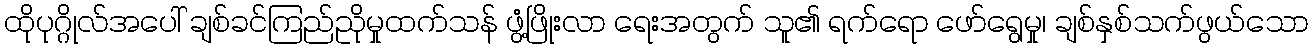
ထိုပုဂ္ဂိုလ်အပေါ် ချစ်ခင်ကြည်ညိုမှုထက်သန် ဖွံ့ဖြိုးလာ ရေးအတွက် သူ၏ ရက်ရော ဖော်ရွေမှု၊ ချစ်နှစ်သက်ဖွယ်သော